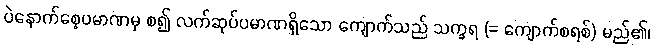
ပဲနောက်စေ့ပမာဏမှ စ၍ လက်ဆုပ်ပမာဏရှိသော ကျောက်သည် သက္ခရ (= ကျောက်စရစ်) မည်၏၊